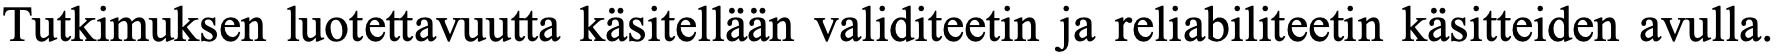
Tutkimuksen luotettavuutta käsitellään validiteetin ja reliabiliteetin käsitteiden avulla.